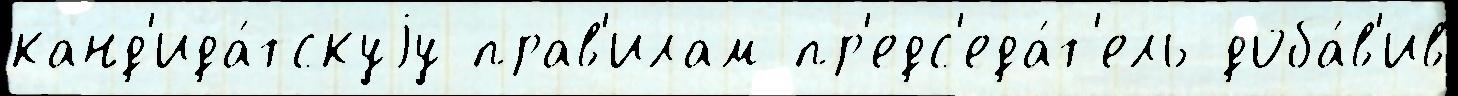
канд'ида́тскуjу прав'илам пр'едс'еда́т'ель доба́в'ив